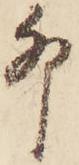
卯